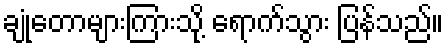
ချုံတောများကြားသို့ ရောက်သွား ပြန်သည်။